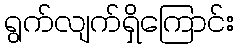
ရွက်လျက်ရှိကြောင်း